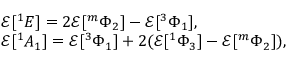
\begin{array} { r l } & { \mathcal { E } [ ^ { 1 } E ] = 2 \mathcal { E } [ ^ { m } \Phi _ { 2 } ] - \mathcal { E } [ ^ { 3 } \Phi _ { 1 } ] , } \\ & { \mathcal { E } [ ^ { 1 } A _ { 1 } ] = \mathcal { E } [ ^ { 3 } \Phi _ { 1 } ] + 2 ( \mathcal { E } [ ^ { 1 } \Phi _ { 3 } ] - \mathcal { E } [ ^ { m } \Phi _ { 2 } ] ) , } \end{array}